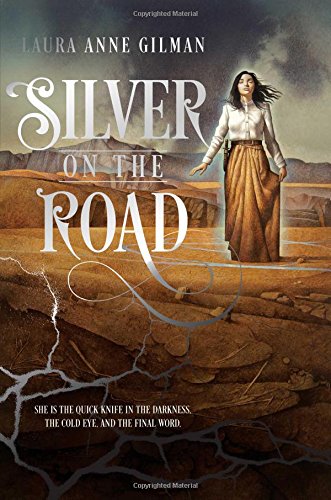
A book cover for Silver on the Road (The Devil's West); Laura Anne Gilman; Science Fiction & Fantasy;